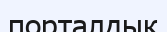
порталдық